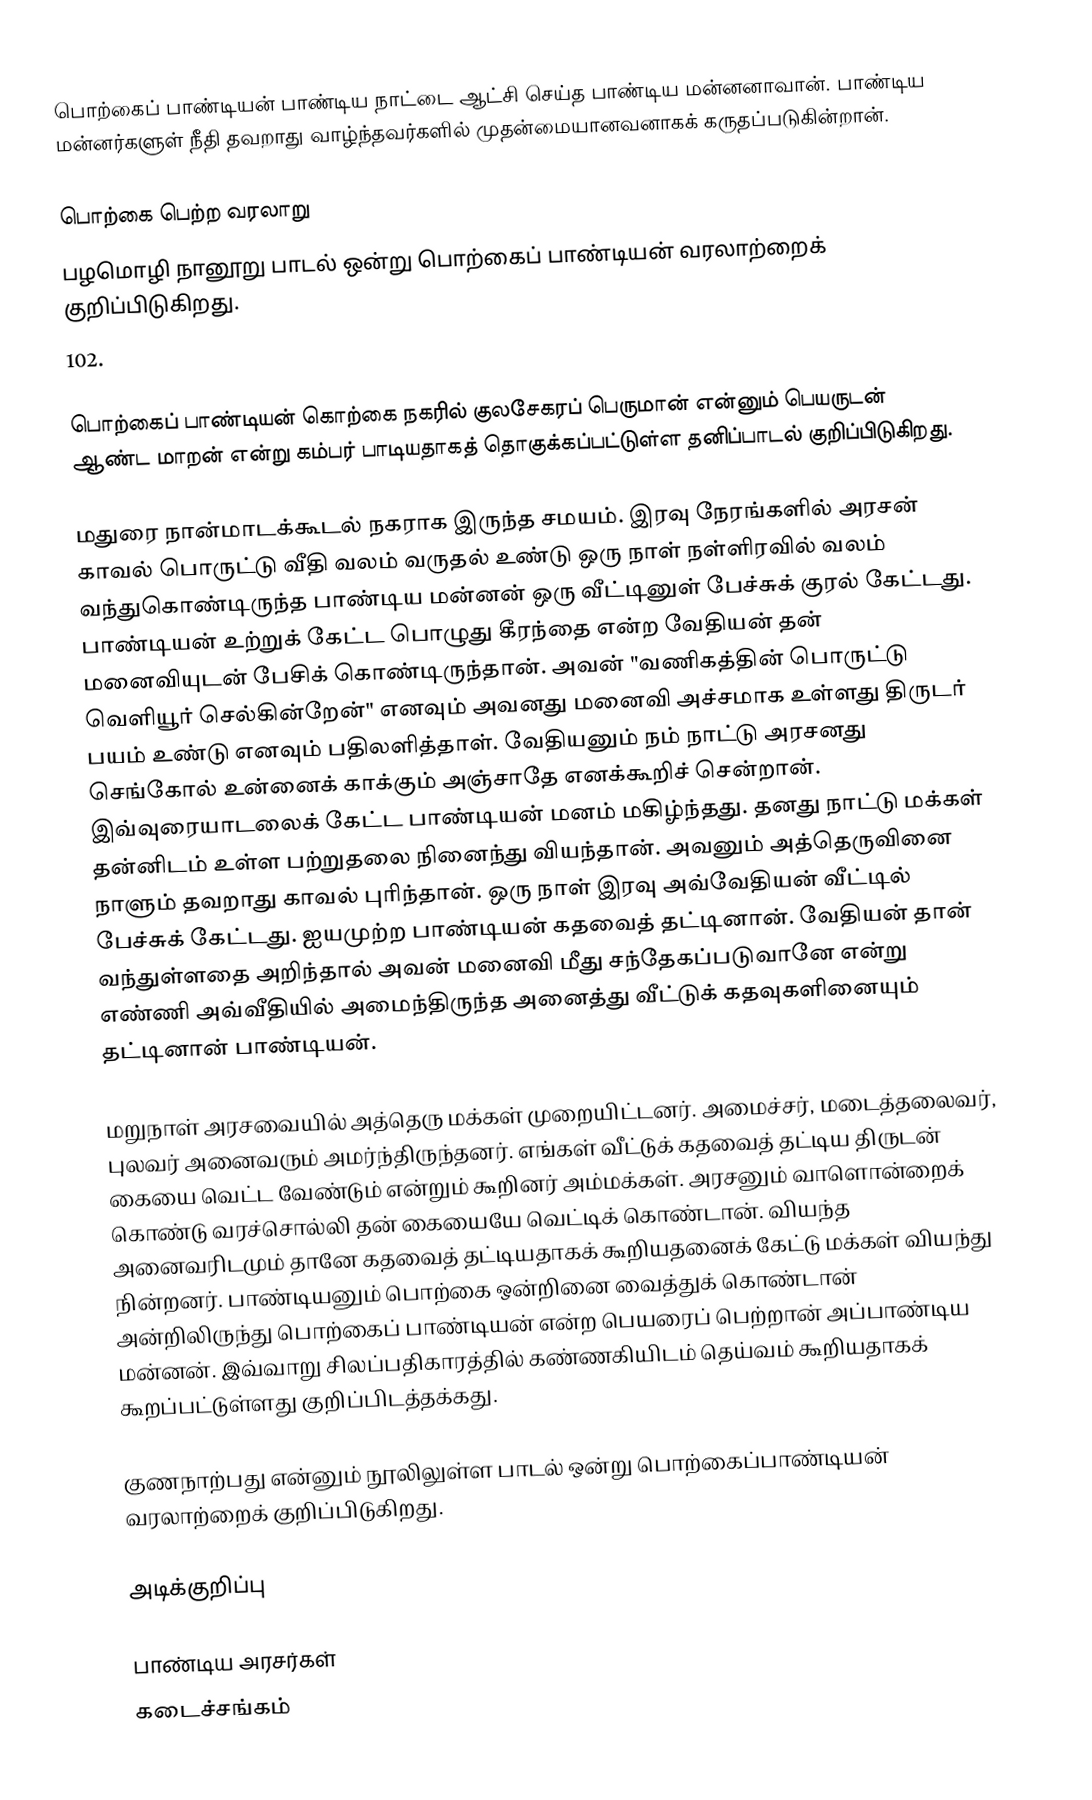
பொற்கைப் பாண்டியன் பாண்டிய நாட்டை ஆட்சி செய்த பாண்டிய மன்னனாவான். பாண்டிய மன்னர்களுள் நீதி தவறாது வாழ்ந்தவர்களில் முதன்மையானவனாகக் கருதப்படுகின்றான்.

பொற்கை பெற்ற வரலாறு
பழமொழி நானூறு பாடல் ஒன்று பொற்கைப் பாண்டியன் வரலாற்றைக் குறிப்பிடுகிறது.
102.

பொற்கைப் பாண்டியன் கொற்கை நகரில் குலசேகரப் பெருமான் என்னும் பெயருடன் ஆண்ட மாறன் என்று கம்பர் பாடியதாகத் தொகுக்கப்பட்டுள்ள தனிப்பாடல் குறிப்பிடுகிறது.

மதுரை நான்மாடக்கூடல் நகராக இருந்த சமயம். இரவு நேரங்களில் அரசன் காவல் பொருட்டு வீதி வலம் வருதல் உண்டு ஒரு நாள் நள்ளிரவில் வலம் வந்துகொண்டிருந்த பாண்டிய மன்னன் ஒரு வீட்டினுள் பேச்சுக் குரல் கேட்டது. பாண்டியன் உற்றுக் கேட்ட பொழுது கீரந்தை என்ற வேதியன் தன் மனைவியுடன் பேசிக் கொண்டிருந்தான். அவன் "வணிகத்தின் பொருட்டு வெளியூர் செல்கின்றேன்" எனவும் அவனது மனைவி அச்சமாக உள்ளது திருடர் பயம் உண்டு எனவும் பதிலளித்தாள். வேதியனும் நம் நாட்டு அரசனது செங்கோல் உன்னைக் காக்கும் அஞ்சாதே எனக்கூறிச் சென்றான். இவ்வுரையாடலைக் கேட்ட பாண்டியன் மனம் மகிழ்ந்தது. தனது நாட்டு மக்கள் தன்னிடம் உள்ள பற்றுதலை நினைந்து வியந்தான். அவனும் அத்தெருவினை நாளும் தவறாது காவல் புரிந்தான். ஒரு நாள் இரவு அவ்வேதியன் வீட்டில் பேச்சுக் கேட்டது. ஐயமுற்ற பாண்டியன் கதவைத் தட்டினான். வேதியன் தான் வந்துள்ளதை அறிந்தால் அவன் மனைவி மீது சந்தேகப்படுவானே என்று எண்ணி அவ்வீதியில் அமைந்திருந்த அனைத்து வீட்டுக் கதவுகளினையும் தட்டினான் பாண்டியன்.

மறுநாள் அரசவையில் அத்தெரு மக்கள் முறையிட்டனர். அமைச்சர், மடைத்தலைவர், புலவர் அனைவரும் அமர்ந்திருந்தனர். எங்கள் வீட்டுக் கதவைத் தட்டிய திருடன் கையை வெட்ட வேண்டும் என்றும் கூறினர் அம்மக்கள். அரசனும் வாளொன்றைக் கொண்டு வரச்சொல்லி தன் கையையே வெட்டிக் கொண்டான். வியந்த அனைவரிடமும் தானே கதவைத் தட்டியதாகக் கூறியதனைக் கேட்டு மக்கள் வியந்து நின்றனர். பாண்டியனும் பொற்கை ஒன்றினை வைத்துக் கொண்டான் அன்றிலிருந்து பொற்கைப் பாண்டியன் என்ற பெயரைப் பெற்றான் அப்பாண்டிய மன்னன். இவ்வாறு சிலப்பதிகாரத்தில் கண்ணகியிடம் தெய்வம் கூறியதாகக் கூறப்பட்டுள்ளது குறிப்பிடத்தக்கது.

குணநாற்பது என்னும் நூலிலுள்ள பாடல் ஒன்று பொற்கைப்பாண்டியன் வரலாற்றைக் குறிப்பிடுகிறது.

அடிக்குறிப்பு

பாண்டிய அரசர்கள்
கடைச்சங்கம்